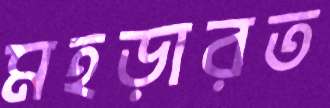
মহড়ারত